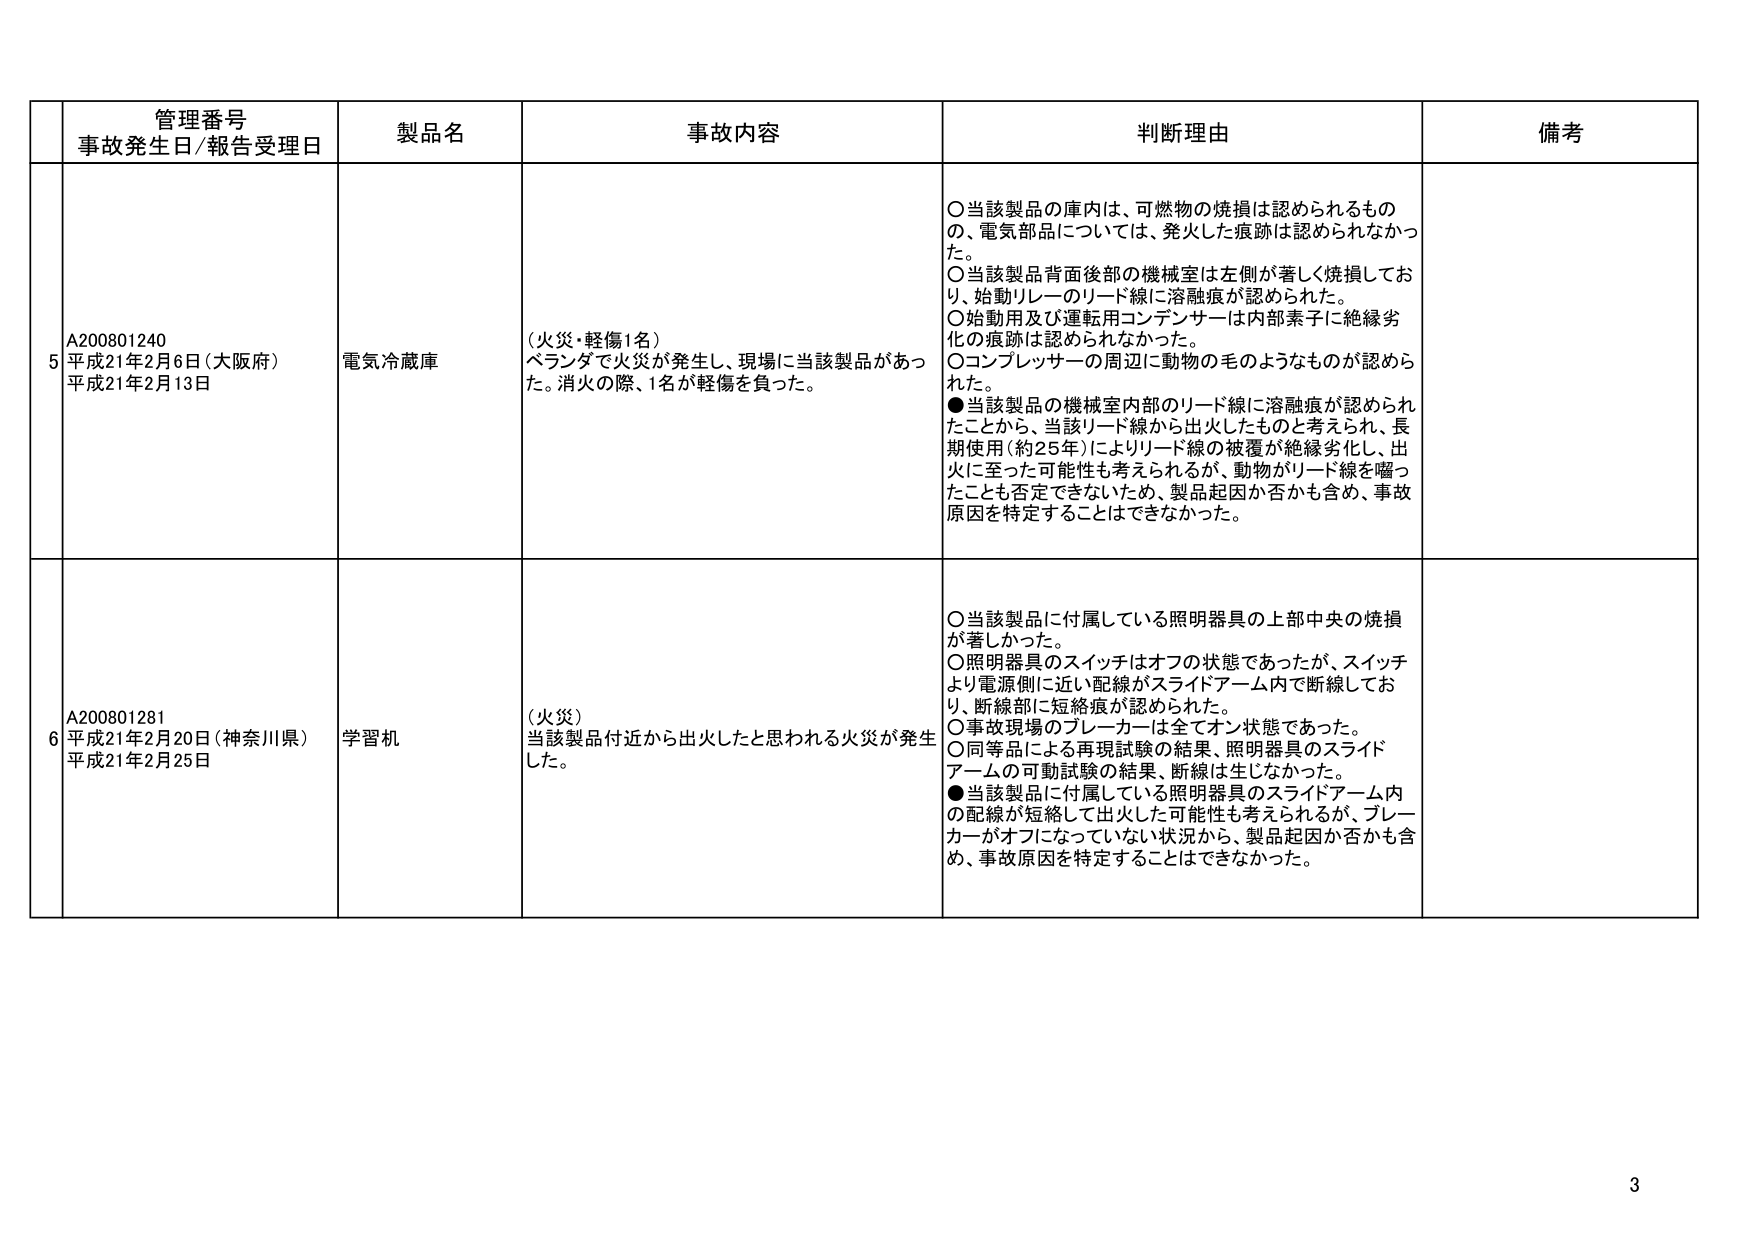
管理番号
事故発生日/報告受理日
製品名
事故内容
判断理由
備考

5
A200801240
平成21年2月6日（大阪府）
平成21年2月13日
電気冷蔵庫
（火災・軽傷1名）
ベランダで火災が発生し、現場に当該製品があった。消火の際、1名が軽傷を負った。
○当該製品の庫内は、可燃物の焼損は認められるものの、電気部品については、発火した痕跡は認められなかった。
○当該製品背面後部の機械室は左側が著しく焼損しており、始動リレーのリード線に溶融痕が認められた。
○始動用及び運転用コンデンサーは内部素子に絶縁劣化の痕跡は認められなかった。
○コンプレッサーの周辺に動物の毛のようなものが認められた。
●当該製品の機械室内部のリード線に溶融痕が認められたことから、当該リード線から出火したものと考えられ、長期使用（約25年）によりリード線の被覆が絶縁劣化し、出火に至った可能性も考えられるが、動物がリード線を齧ったことも否定できないため、製品起因か否かも含め、事故原因を特定することはできなかった。

6
A200801281
平成21年2月20日（神奈川県）
平成21年2月25日
学習机
（火災）
当該製品付近から出火したと思われる火災が発生した。
○当該製品に付属している照明器具の上部中央の焼損が著しかった。
○照明器具のスイッチはオフの状態であったが、スイッチより電源側に近い配線がスライドアーム内で断線しており、断線部に短絡痕が認められた。
○事故現場のブレーカーは全てオン状態であった。
○同等品による再現試験の結果、照明器具のスライドアームの可動試験の結果、断線は生じなかった。
●当該製品に付属している照明器具のスライドアーム内の配線が短絡して出火した可能性も考えられるが、ブレーカーがオフになっていない状況から、製品起因か否かも含め、事故原因を特定することはできなかった。

3